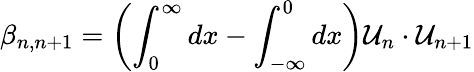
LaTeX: \beta_{n,n+1}=\left(\int_{0}^{\infty}dx-\int_{-\infty}^{0}dx\right)\mathcal{U}_{n}\cdot\mathcal{U}_{n+1}